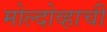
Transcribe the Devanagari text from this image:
मोल्दोव्हाची